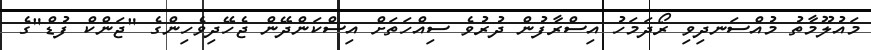
މައުލޫމާތު މުއްސަނދިވި ރޯދަމަހު އިސްރާފުން ދުރުވެ ސިއްހަތަށް އިސްކަންދޭން ޖެހޭދިވެހިންގެ "ޖަންކް ފުޑް"ގެ